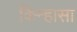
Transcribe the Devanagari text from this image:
किन्हासा